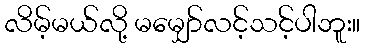
လိမ့်မယ်လို့ မမျှော်လင့်သင့်ပါဘူး။